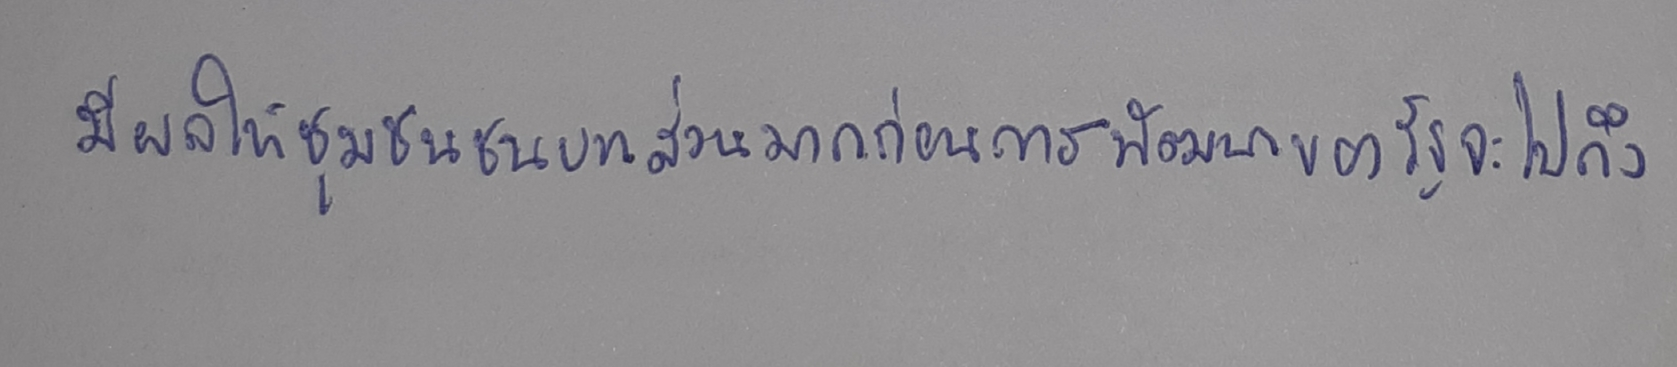
มีผลให้ชุมชนชนบทส่วนมากก่อนการพัฒนาของรัฐจะไปถึง